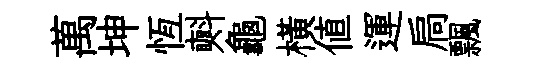
萬坤恆㪺龜横値運扃飄